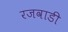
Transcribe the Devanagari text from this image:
रजवाडी